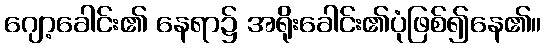
ဂျော့ခေါင်း၏ နေရာ၌ အရိုးခေါင်း၏ပုံဖြစ်၍နေ၏။